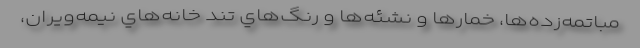
مباتمه‌زده‌ها، خمارها و نشئه‌ها و رنگ‌هاي تند خانه‌هاي نيمه‌ويران،